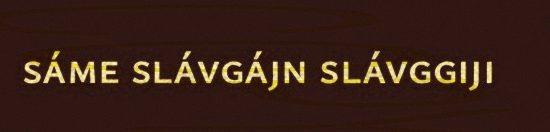
sáme slávgájn slávggiji